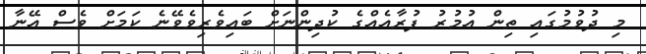
މި ދުވުމުގައި ތިން އުމުރު ފުރާއެއްގެ ކުދިންނަށް ބައިވެރިވެވޭނެ ކަމަށް ވެސް އޭނާ